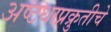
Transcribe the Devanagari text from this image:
अष्टधाप्रक्रुतीचे